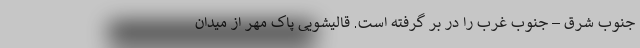
جنوب شرق – جنوب غرب را در بر گرفته است. قالیشویی پاک مهر از میدان